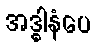
အဒ္ဓါနံပေ